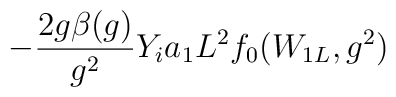
-\frac{2g\beta(g)}{g^2}Y_ia_1L^2f_0(W_{1L},g^2)